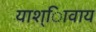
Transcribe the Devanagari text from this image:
याश्ािवाय